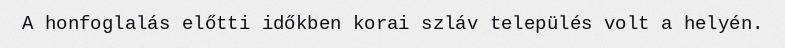
A honfoglalás előtti időkben korai szláv település volt a helyén.